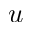
u